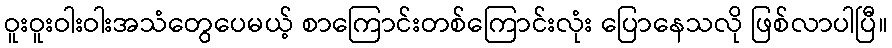
ဝူးဝူးဝါးဝါးအသံတွေပေမယ့် စာကြောင်းတစ်ကြောင်းလုံး ပြောနေသလို ဖြစ်လာပါပြီ။